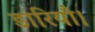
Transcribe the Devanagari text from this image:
डारियौ।